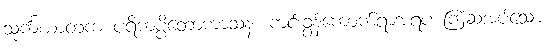
သုင်္ကဃာတက ပရိကပ္ပိတောကာသနံ၊ ကင်းခွန်ကောက်ရာအရပ ကြံဆအပ်သော